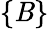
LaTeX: \{ \mathit{B}\}